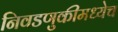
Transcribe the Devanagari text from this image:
निवडणुकीमध्येच